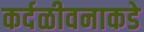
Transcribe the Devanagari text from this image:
कर्दळीवनाकडे